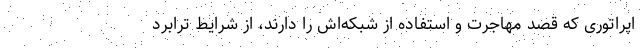
اپراتوری که قصد مهاجرت و استفاده از شبکه‌اش را دارند، از شرایط ترابرد